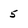
Character: 5